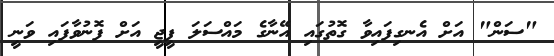
"ސަން" އަށް އެނގިފައިވާ ގޮތުގައި އޭނާގެ މައްސަލަ ޕީޖީ އަށް ފޮނުވާފައި ވަނީ